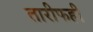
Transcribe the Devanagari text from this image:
तारीफही